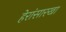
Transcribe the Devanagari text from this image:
हेरांसारखा